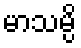
မာသမ္ပိ